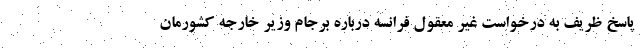
پاسخ ظریف به درخواست غیر معقول فرانسه درباره برجام وزیر خارجه کشورمان